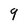
Character: 9